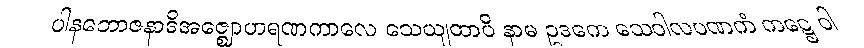
ပါနဘောဇနာဒိအဇ္ဈောဟရဏကာလေ သေယျထာပိ နာမ ဥဒကေ သေဝါလပဏကံ ကဋ္ဌေ ဝါ